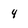
Character: 4